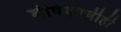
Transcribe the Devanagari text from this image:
शीर्षकाचीही